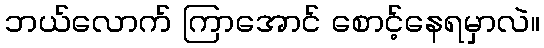
ဘယ်လောက် ကြာအောင် စောင့်နေရမှာလဲ။